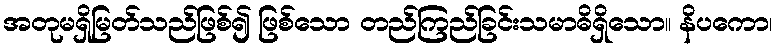
အတုမရှိမြတ်သည်ဖြစ်၍ ဖြစ်သော တည်ကြည်ခြင်းသမာဓိရှိသော။ နိပကော၊